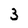
Character: 3